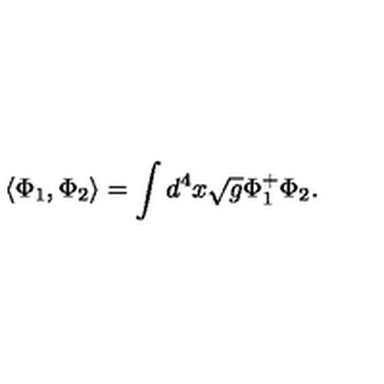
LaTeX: \langle \Phi _ { 1 } , \Phi _ { 2 } \rangle = \int d ^ { 4 } x \sqrt { g } \Phi _ { 1 } ^ { + } \Phi _ { 2 } .